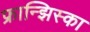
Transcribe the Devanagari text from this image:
फ्रान्झिस्का